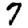
Digit: 7